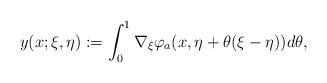
LaTeX: \begin{align*}y(x;\xi,\eta):=\int_0^1 \nabla_\xi \varphi_a(x,\eta+\theta(\xi-\eta))d\theta,\end{align*}